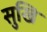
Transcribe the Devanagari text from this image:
सुखि